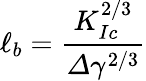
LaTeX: \ell_{b}=\frac{K_{Ic}^{2/3}}{\varDelta\gamma^{2/3}}